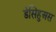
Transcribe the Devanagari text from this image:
डेसिहुअस